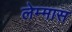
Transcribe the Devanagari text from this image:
लेम्मास